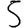
Digit: 5